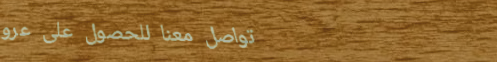
تواصل معنا للحصول على عرو